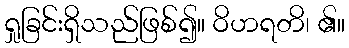
ရှုခြင်းရှိသည်ဖြစ်၍။ ဝိဟရတိ၊ ၏။